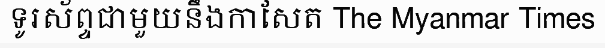
ទូរស័ព្ទជាមួយនឹងកាសែត The Myanmar Times